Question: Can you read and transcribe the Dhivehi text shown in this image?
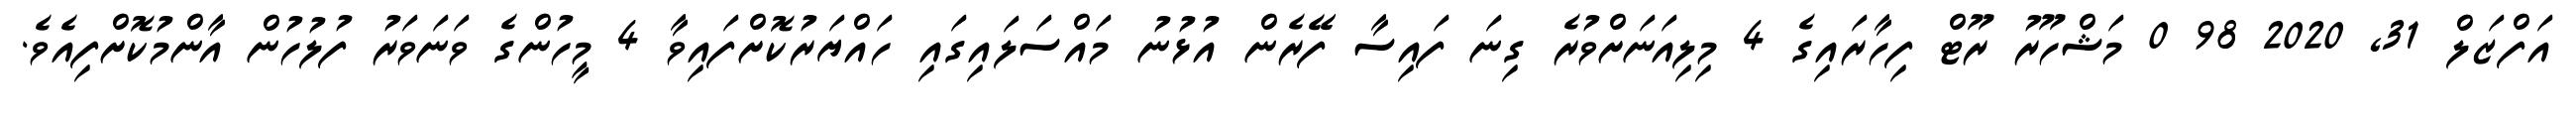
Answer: އަފްޒަލް 31, 2020 98 0 މަޝްހޫރު ރޫޓް ފިހާރައިގެ 4 މިލިއަނަށްވުރެ ގިނަ ފައިސާ ފޭރެން އުޅުނު މައްސަލައިގައި ހައްޔަރުކޮށްފައިވާ 4 މީހުންގެ ވަނަވަރު ފުލުހުން އާންމުކޮށްފިއެވެ.